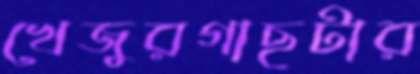
খেজুরগাছটার